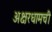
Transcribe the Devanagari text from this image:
अक्षरधामची